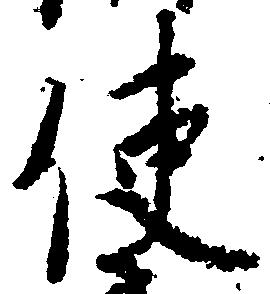
使